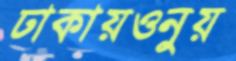
ঢাকায়ওনুয়